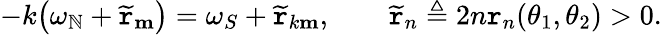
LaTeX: -k\big(\omega_{\mathbb{N}}+\widetilde{{\mathtt{{r}}}}_{\mathbf{{m}}}\big)=\omega_{S}+\widetilde{{\mathtt{{r}}}}_{k\mathbf{{m}}},\qquad\widetilde{{\mathtt{{r}}}}_{n}\triangleq2n\mathtt{{r}}_{n}(\theta_{1},\theta_{2})>0.